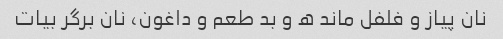
نان پیاز و فلفل ماند ه و بد طعم و داغون، نان برگر بیات